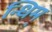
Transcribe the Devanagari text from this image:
न्धिम्